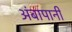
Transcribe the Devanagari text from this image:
अंबापानी